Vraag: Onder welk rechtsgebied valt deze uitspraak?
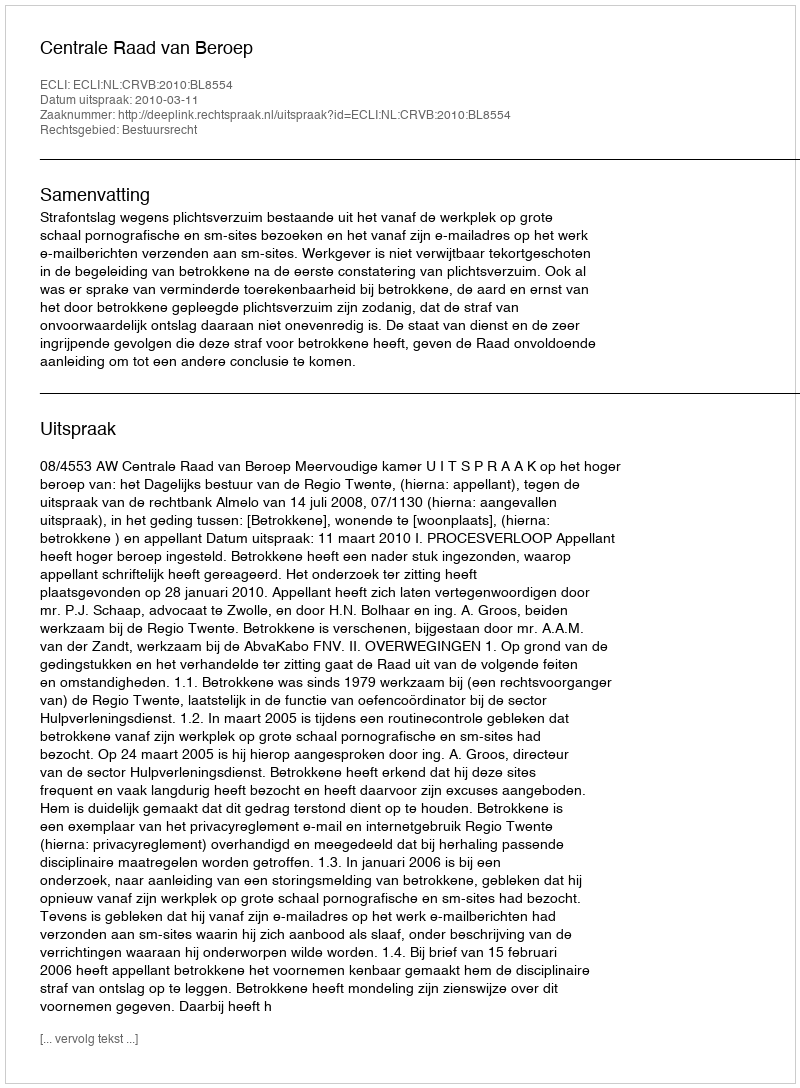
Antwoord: Bestuursrecht